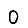
Digit: 0